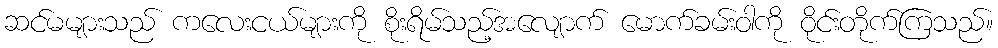
ဆင်မများသည် ကလေးငယ်များကို စိုးရိမ်သည့်အလျောက် မောက်ခမ်းဝါကို ဝိုင်းတိုက်ကြသည်။